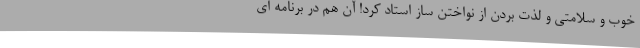
خوب و سلامتی و لذت بردن از نواختن ساز استاد کرد! آن هم در برنامه ای